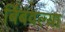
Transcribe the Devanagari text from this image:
बिंबवल्या